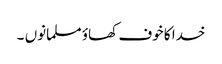
خدا کا خوف کھاؤ مسلمانوں ۔